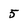
Character: 5